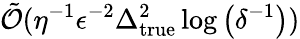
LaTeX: \tilde{\mathcal{O}}(\eta^{-1}\epsilon^{-2}\Delta_{\mathrm{true}}^{2}\log\left(\delta^{-1}\right))